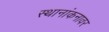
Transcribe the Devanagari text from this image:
स्थानांकनावर